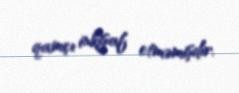
qamçı inkişaf etməmişdir.